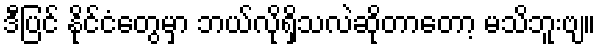
ဒီပြင် နိုင်ငံတွေမှာ ဘယ်လိုရှိသလဲဆိုတာတော့ မသိဘူးဗျ။